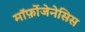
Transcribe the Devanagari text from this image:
मॉर्फ़ोजेनेसिस